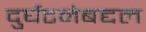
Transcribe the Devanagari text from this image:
दुर्घटनेबद्दल